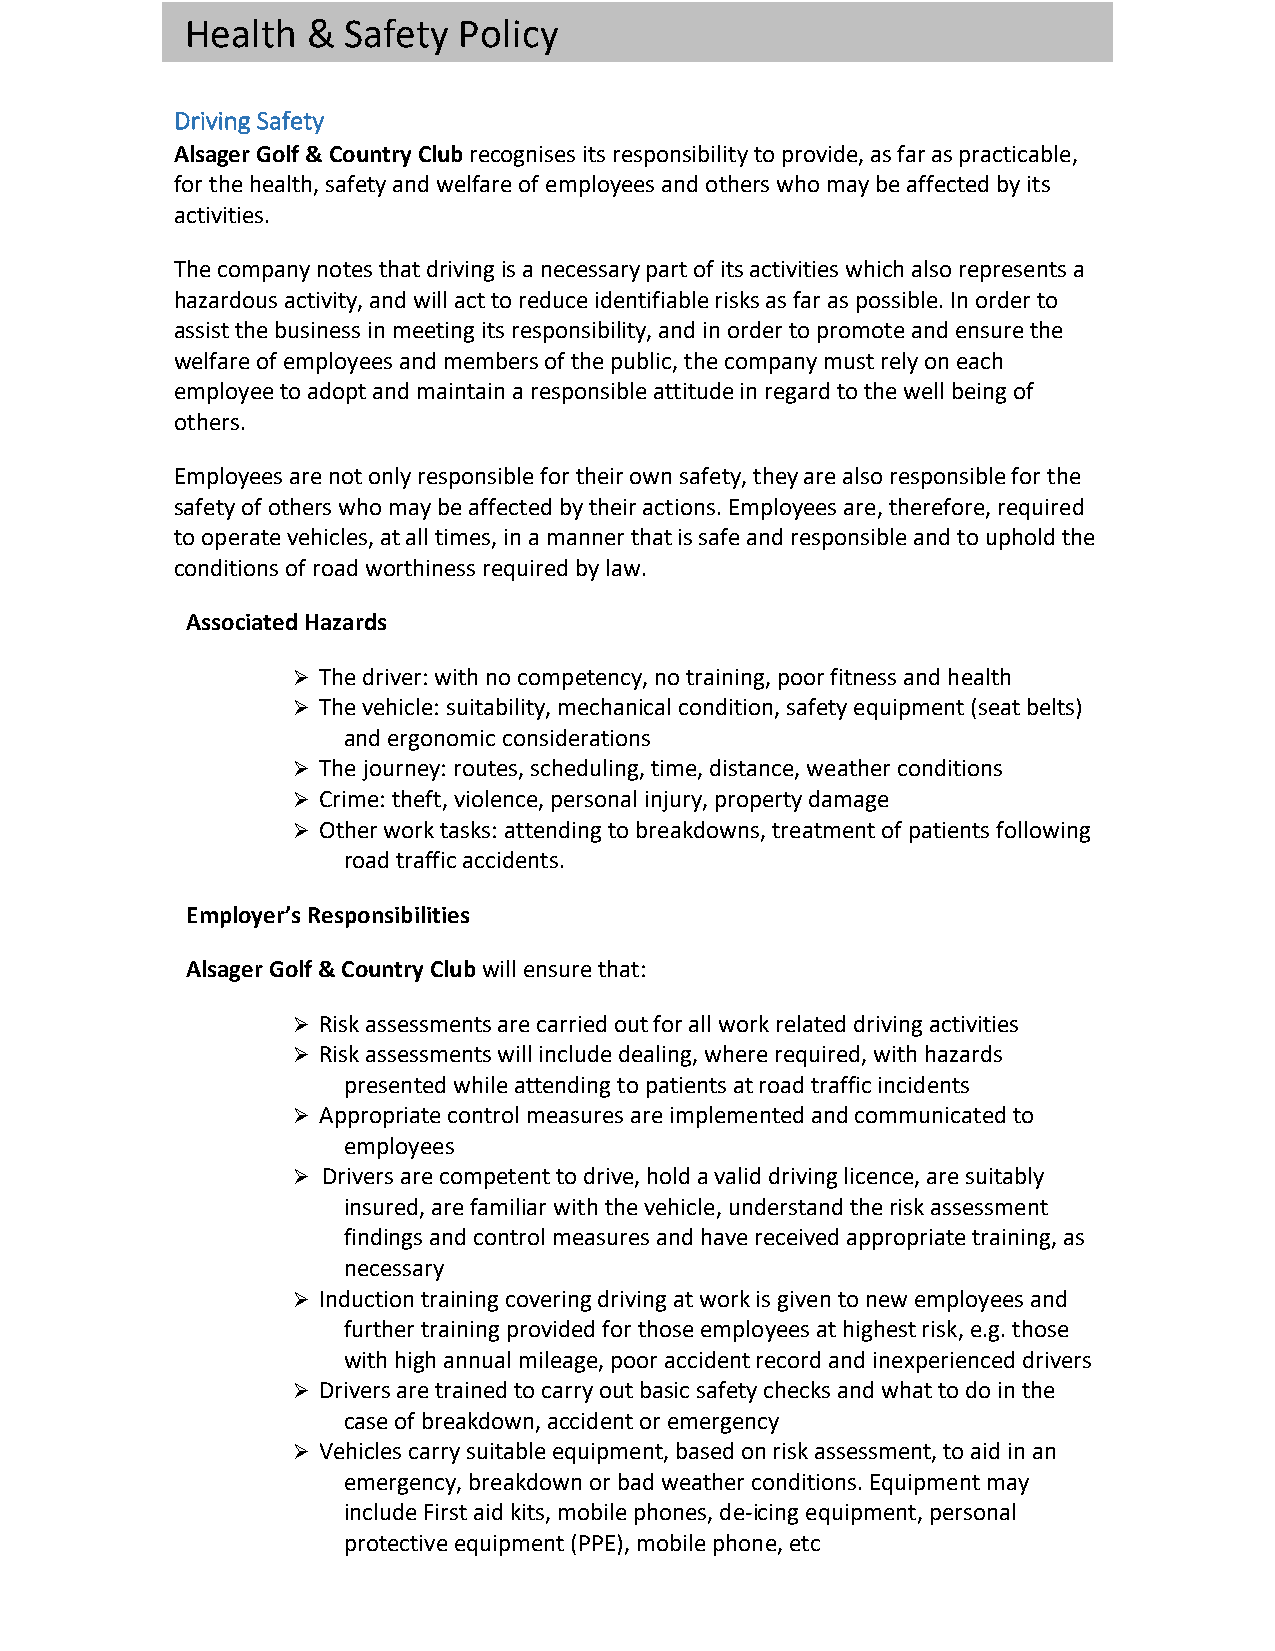
Health  &  Safety Policy
 Driving Safety
 Alsager Golf & Country Club recognises its responsibility to provide, as far as practicable,
 for the health, safety and welfare of employees and others who may be affected by its
 activities.
 The company notes that driving is a necessary part of its activities which also represents a
 hazardous activity, and will act to reduce identifiable risks as far as possible. In order to
 assist the business in meeting its responsibility, and in order to promote and ensure the
 welfare of employees and members of the public, the company must rely on each
 employee to adopt and maintain a responsible attitude in regard to the well being of
 others.
 Employees are not only responsible for their own safety, they are also responsible for the
 safety of others who may be affected by their actions. Employees are, therefore, required
 to operate vehicles, at all times, in a manner that is safe and responsible and to uphold the
 conditions of road worthiness required by law.
 Associated Hazards
 Ø The driver: with no competency, no training, poor fitness and health
 Ø The vehicle: suitability, mechanical condition, safety equipment (seat belts)
 and ergonomic considerations
 Ø The journey: routes, scheduling, time, distance, weather conditions
 Ø Crime: theft, violence, personal injury, property damage
 Ø Other work tasks: attending to breakdowns, treatment of patients following
 road traffic accidents.
 Employer’s Responsibilities
 Alsager Golf & Country Club will ensure that:
 Ø Risk assessments are carried out for all work related driving activities
 Ø Risk assessments will include dealing, where required, with hazards
 presented while attending to patients at road traffic incidents
 Ø Appropriate control measures are implemented and communicated to
 employees
 Ø Drivers are competent to drive, hold a valid driving licence, are suitably
 insured, are familiar with the vehicle, understand the risk assessment
 findings and control measures and have received appropriate training, as
 necessary
 Ø Induction training covering driving at work is given to new employees and
 further training provided for those employees at highest risk, e.g. those
 with high annual mileage, poor accident record and inexperienced drivers
 Ø Drivers are trained to carry out basic safety checks and what to do in the
 case of breakdown, accident or emergency
 Ø Vehicles carry suitable equipment, based on risk assessment, to aid in an
 emergency, breakdown or bad weather conditions. Equipment may
 include First aid kits, mobile phones, de-icing equipment, personal
 protective equipment (PPE), mobile phone, etc